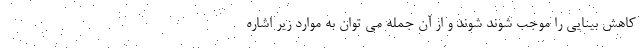
کاهش بینایی را موجب شوند شوند و از آن جمله می توان به موارد زیر اشاره